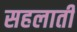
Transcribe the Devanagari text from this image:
सहलाती